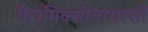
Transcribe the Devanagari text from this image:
पैरामिक्सोवायरसों